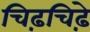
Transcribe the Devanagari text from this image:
चिढ़चिढ़े